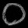
Digit: ၀